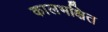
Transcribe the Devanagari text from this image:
कालभक्षित